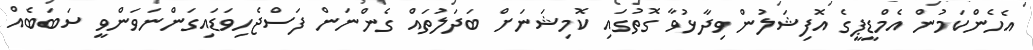
އެހެންކަމުން އެމްޑީޕީގެ އޮފިޝަލުން ވިދާޅުވާ ގޮތުގައި ކޮމިޝަނަށް ބަދަލުތައް ގެންނަން ފަސްޖެހިވަޑައިގަންނަވަންވީ ސަބަބެއް